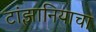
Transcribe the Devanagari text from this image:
टांझानियाचा